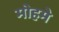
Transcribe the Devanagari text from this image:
मोहमे